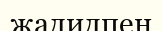
жадидпен